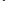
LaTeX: \smash{\vdots}